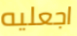
اجعليه